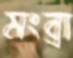
মংব্রা